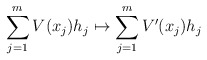
\begin{align*}\sum_{j=1}^m V(x_j)h_j\mapsto \sum_{j=1}^m V'(x_j)h_j\end{align*}